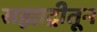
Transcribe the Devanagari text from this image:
सह्याद्रीतून